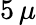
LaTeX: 5\, \mu